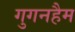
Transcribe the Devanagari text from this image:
गुगनहैम